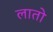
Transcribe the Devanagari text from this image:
लातो